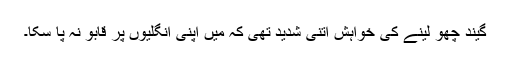
گیند چھو لینے کی خواہش اتنی شدید تھی کہ میں اپنی انگلیوں پر قابو نہ پا سکا۔